Trukikaitis_Postimees, lk 99
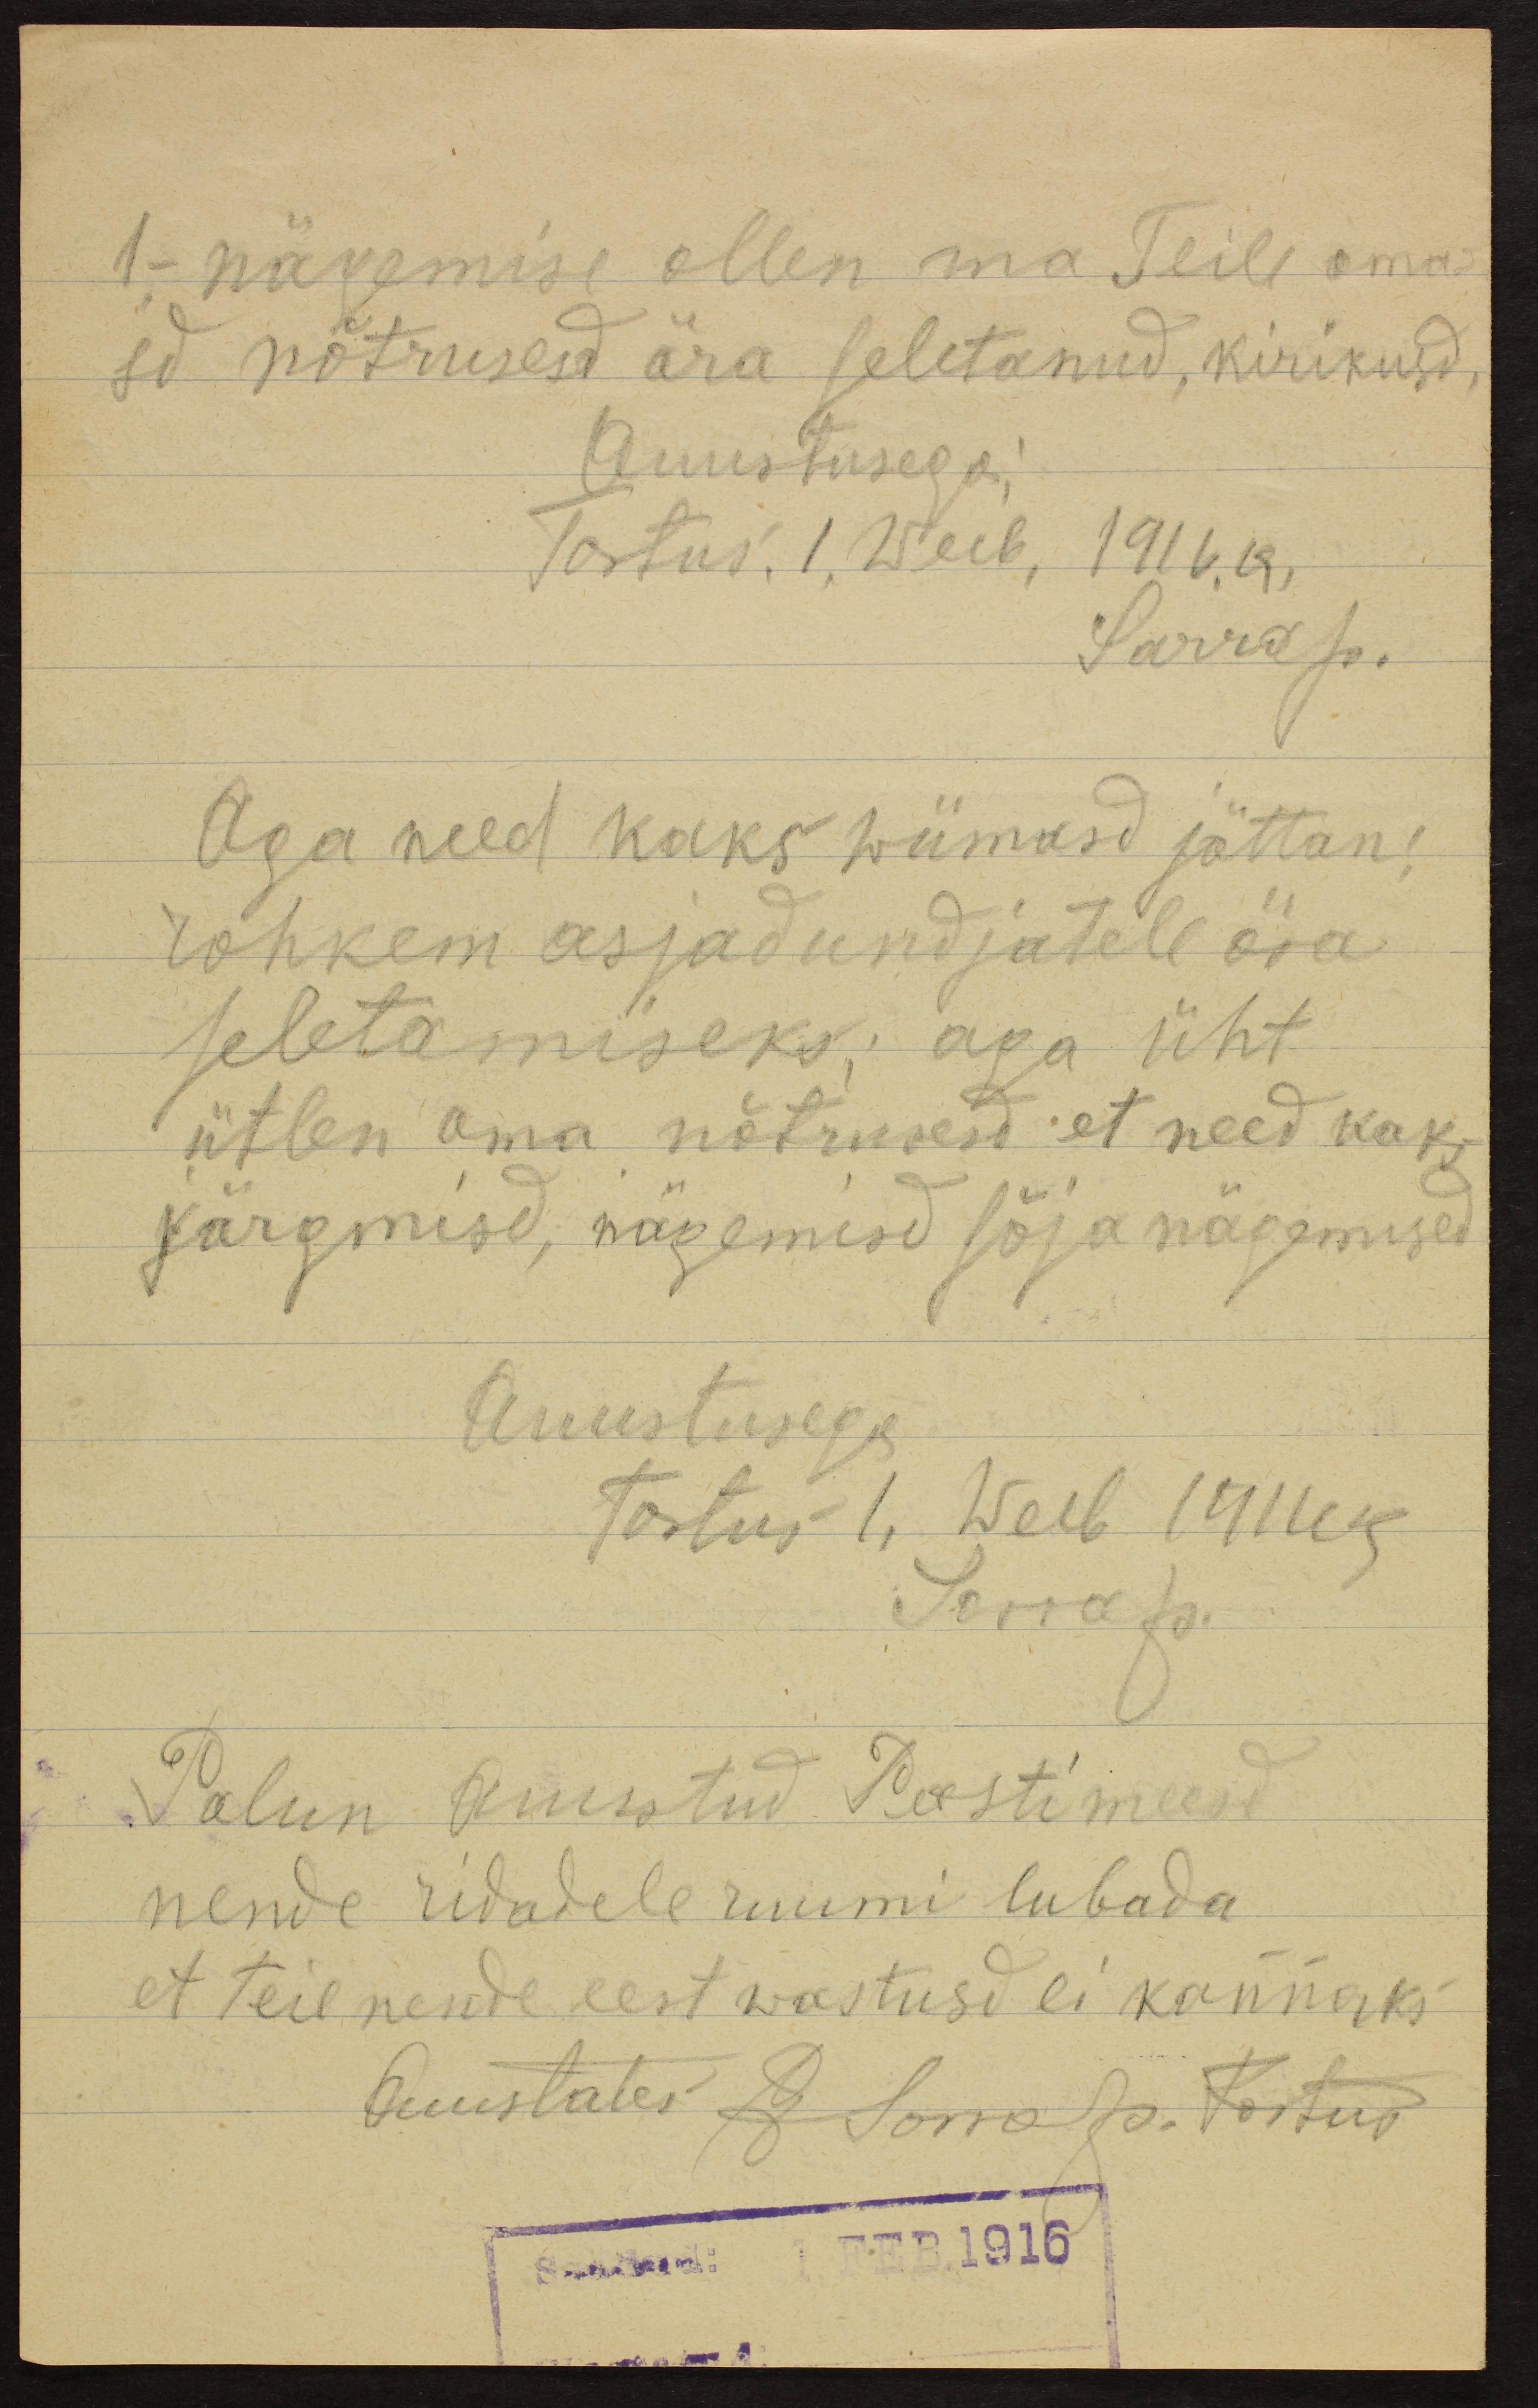
1- nägemise ollen ma Teile oma-
sd nõtrused ära seletanud, kirikusd,
Auustusega!
Tartus 1,Weeb, 1916. a.
Sarrap.
Aga need kaks wiimasd jättan
rohkem asjadundjatele ära
seletamiseks: aga üht
ütlen oma nõtrusesd: et need kaks
järgmisd, nägemisd sõja nägmised
Auustusega
Tartus 1. Weeb 1916
Sarrap
Palun auustud Postimeesd
nende ridadele ruumi lubada
et teil nende eest wastusd ei kannaks,
auustades A. Sarrap Tartus
Saadud: 1 FEB. 1916